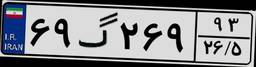
۶۹گ۲۶۹۹۳